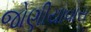
જોણીયાવાસ